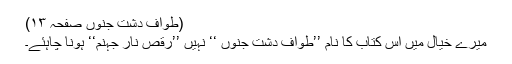
(طواف دشتِ جنوں صفحہ ۱۳)
میرے خیال میں اس کتاب کا نام ’’طوافِ دشتِ جنوں ‘‘ نہیں ’’رقصِ نارِ جہنم‘‘ ہونا چاہئے۔